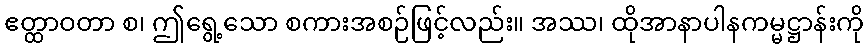
ဧတ္ထာဝတာ စ၊ ဤရွေ့သော စကားအစဉ်ဖြင့်လည်း။ အဿ၊ ထိုအာနာပါနကမ္မဋ္ဌာန်းကို